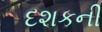
દશકની